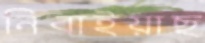
নিবাইয়াছ